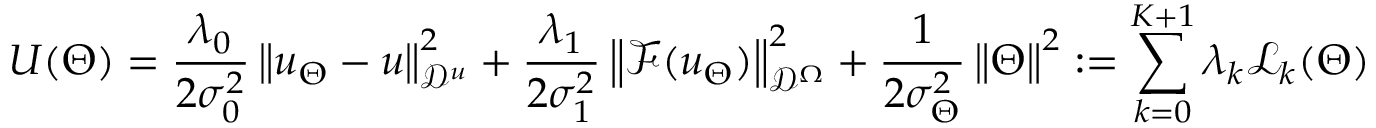
U ( \Theta ) = \frac { \lambda _ { 0 } } { 2 \sigma _ { 0 } ^ { 2 } } \left\| u _ { \Theta } - u \right\| _ { \mathcal { D } ^ { u } } ^ { 2 } + \frac { \lambda _ { 1 } } { 2 \sigma _ { 1 } ^ { 2 } } \left\| \mathcal { F } ( u _ { \Theta } ) \right\| _ { \mathcal { D } ^ { \Omega } } ^ { 2 } + \frac { 1 } { 2 \sigma _ { \Theta } ^ { 2 } } \left\| \Theta \right\| ^ { 2 } : = \sum _ { k = 0 } ^ { K + 1 } \lambda _ { k } \mathcal { L } _ { k } ( \Theta )